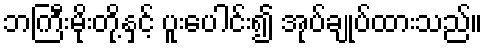
ဘကြီးမိုးတို့နှင့် ပူးပေါင်း၍ အုပ်ချုပ်ထားသည်။